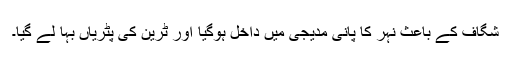
شگاف کے باعث نہر کا پانی مدیجی میں داخل ہوگیا اور ٹرین کی پٹریاں بہا لے گیا۔